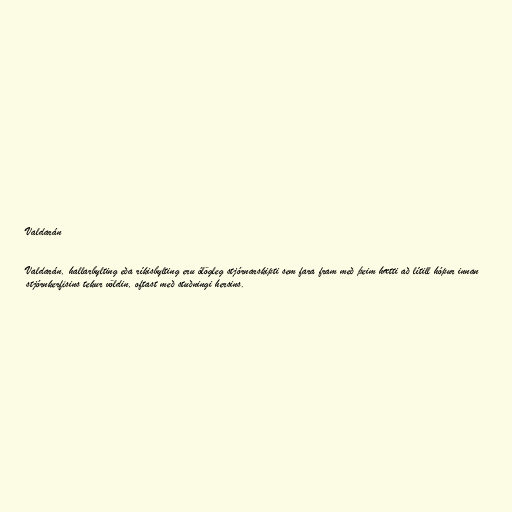
Valdarán

Valdarán, hallarbylting eða ríkisbylting eru ólögleg stjórnarskipti sem fara fram með þeim hætti að lítill hópur innan
stjórnkerfisins tekur völdin, oftast með stuðningi hersins.